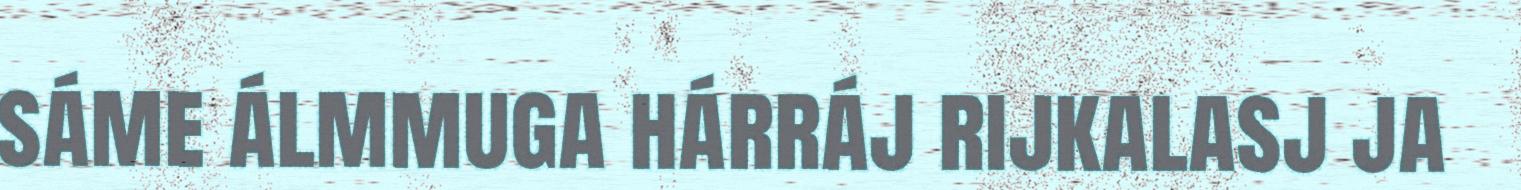
sáme álmmuga hárráj rijkalasj ja